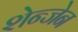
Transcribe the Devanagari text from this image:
शेन्जेन